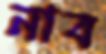
নাব